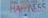
happiness